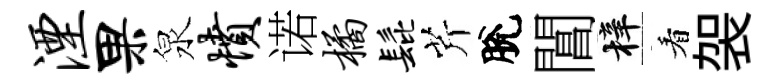
湮果泉愤诺橘髭芹脫閶梓看袈